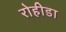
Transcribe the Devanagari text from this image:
रोहीडा